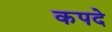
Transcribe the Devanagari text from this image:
कपदे